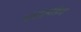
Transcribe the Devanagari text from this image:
बोदोह्पेडिया